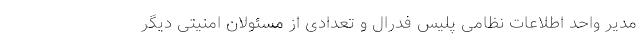
مدیر واحد اطلاعات نظامی پلیس فدرال و تعدادی از مسئولان امنیتی دیگر